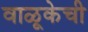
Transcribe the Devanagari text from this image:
वाळूकेची